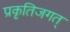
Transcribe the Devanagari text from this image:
प्रकृतिजगत्‌